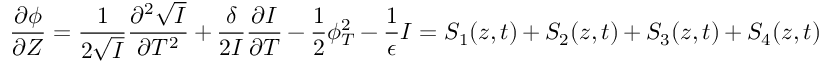
\frac { \partial \phi } { \partial Z } = \frac { 1 } { 2 \sqrt { I } } \frac { \partial ^ { 2 } \sqrt { I } } { \partial T ^ { 2 } } + \frac { \delta } { 2 I } \frac { \partial I } { \partial T } - \frac { 1 } { 2 } \phi _ { T } ^ { 2 } - \frac { 1 } { \epsilon } I = S _ { 1 } ( z , t ) + S _ { 2 } ( z , t ) + S _ { 3 } ( z , t ) + S _ { 4 } ( z , t )